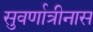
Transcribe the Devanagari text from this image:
सुवर्णात्रीनास